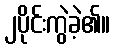
၂ပိုင်းကွဲခဲ့၏။